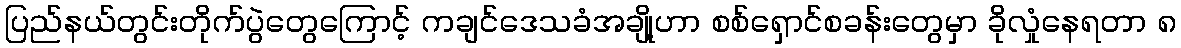
ပြည်နယ်တွင်းတိုက်ပွဲတွေကြောင့် ကချင်ဒေသခံအချို့ဟာ စစ်ရှောင်စခန်းတွေမှာ ခိုလှုံနေရတာ ၈